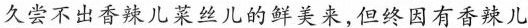
久尝不出香辣儿菜丝儿的鲜美来,但终因有香辣儿